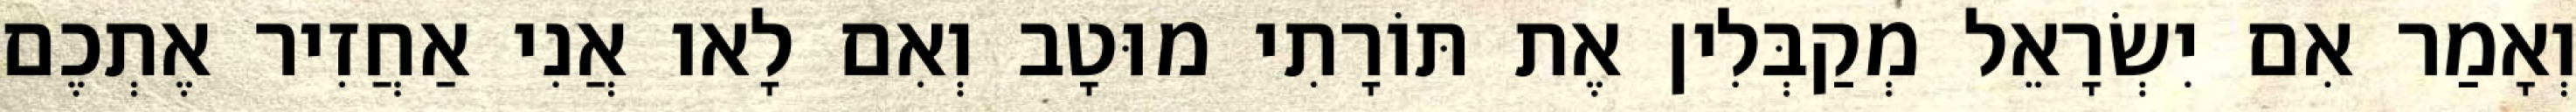
וְאָמַר אִם יִשְׂרָאֵל מְקַבְּלִין אֶת תּוֹרָתִי מוּטָב וְאִם לָאו אֲנִי אַחֲזִיר אֶתְכֶם